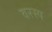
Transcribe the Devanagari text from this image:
वरस्य